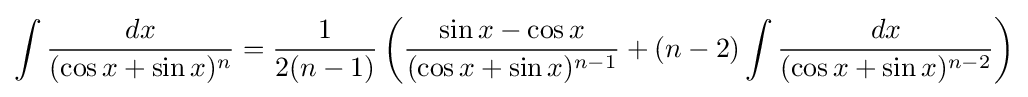
\int {\frac {dx}{(\cos x+\sin x)^{n}}}={\frac {1}{2(n-1)}}\left({\frac {\sin x-\cos x}{(\cos x+\sin x)^{n-1}}}+(n-2)\int {\frac {dx}{(\cos x+\sin x)^{n-2}}}\right)